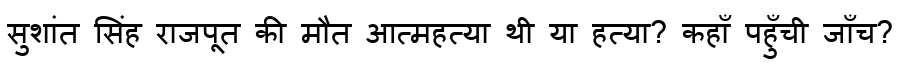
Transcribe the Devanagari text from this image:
सुशांत सिंह राजपूत की मौत आत्महत्या थी या हत्या? कहाँ पहुँची जाँच?